Annual report of the Imperial Bacteriologist
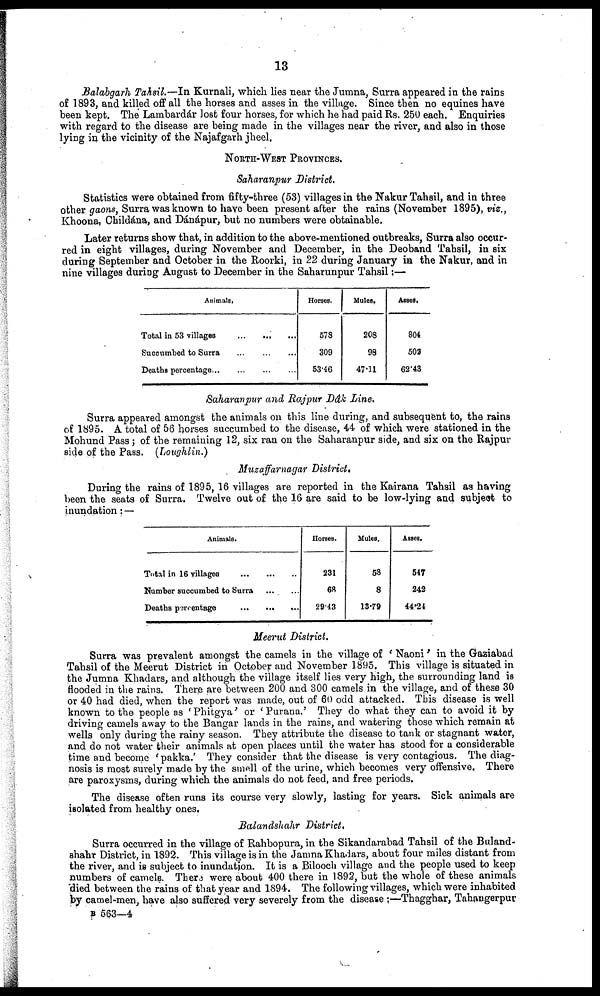
13
Balabgarh Tahsil.—In Kurnali, which lies near the Jumna, Surra appeared in the rains
of 1893, and killed off all the horses and asses in the village. Since then no equines have
been kept. The Lambardár lost four horses, for which he had paid Rs. 250 each. Enquiries
with regard to the disease are being made in the villages near the river, and also in those
lying in the vicinity of the Najafgarh jheel.
NORTH-WEST PROVINCES.
Saharanpur District.
Statistics were obtained from fifty-three (53) villages in the Nakur Tahsil, and in three
other gaons, Surra was known to have been present after the rains (November 1895), viz.,
Khoona, Childána, and Dánápur, but no numbers were obtainable.
Later returns show that, in addition to the above-mentioned outbreaks, Surra also occur-
red in eight villages, during November and December, in the Deoband Tahsil, in six
during September and October in the Roorki, in 22 during January in the Nakur, and in
nine villages during August to December in the Saharunpur Tahsil :—
Animals.
Total in 53 villages
Succumbed to Surra
Deaths percentage...
...
...
...
...
...
...
...
Horses.
578
309
53.46
Mules.
208
98
47.11
Asses.
804
502
62.43
Saharanpur and Rajpur Dâk Line.
Surra appeared amongst the animals on this line during, and subsequent to, the rains
of 1895. A total of 56 horses succumbed to the disease, 44 of which were stationed in the
Mohund Pass ; of the remaining 12, six ran on the Saharanpur side, and six on the Rajpur
side of the Pass. (Loughlin.)
Muzaffarnagar District.
During the rains of 1895, 16 villages are reported in the Kairana Tahsil as having
been the seats of Surra. Twelve out of the 16 are said to be low-lying and subject to
inundation: —
Animals.
Total in 16 villages
Number succumbed to Surra
Deaths percentage
Horses.
231
68
29.43
Mules.
58
8
13.79
Asses.
547
242
44.24
Meerut District.
Surra was prevalent amongst the camels in the village of ' Naoni' in the Gaziabad
Tahsil of the Meerut District in October and November 1895. This village is situated in
the Jumna Khadars, and although the village itself lies very high, the surrounding land is
flooded in the rains. There are between 200 and 300 camels in the village, and of these 30
or 40 had died, when the report was made, out of 60 odd attacked. This disease is well
known to the people as 'Phitgya' or 'Purana.' They do what they can to avoid it by
driving camels away to the Bangar lands in the rains, and watering those which remain at
wells only during the rainy season. They attribute the disease to tank or stagnant water,
and do not water their animals at open places until the water has stood for a considerable
time and become ' pakka.' They consider that the disease is very contagious. The diag-
nosis is most surely made by the small of the urine, which becomes very offensive. There
are paroxysms, during which the animals do not feed, and free periods.
The disease often runs its course very slowly, lasting for years. Sick animals are
isolated from healthy ones.
Balandshahr District.
Surra occurred in the village of Rahbopura, in the Sikandarabad Tahsil of the Buland-
shahr District, in 1892. This village is in the Jamna Khadars, about four miles distant from
the river, and is subject to inundation. It is a Bilooch village and the people used to keep
numbers of camels. There were about 400 there in 1892, but the whole of these animals
died between the rains of that year and 1894. The following villages, which were inhabited
by camel-men, have also suffered very severely from the disease ;—Thagghar, Tahangerpur
B 563—4